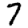
Digit: 7